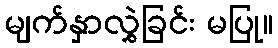
မျက်နှာလွှဲခြင်း မပြု။